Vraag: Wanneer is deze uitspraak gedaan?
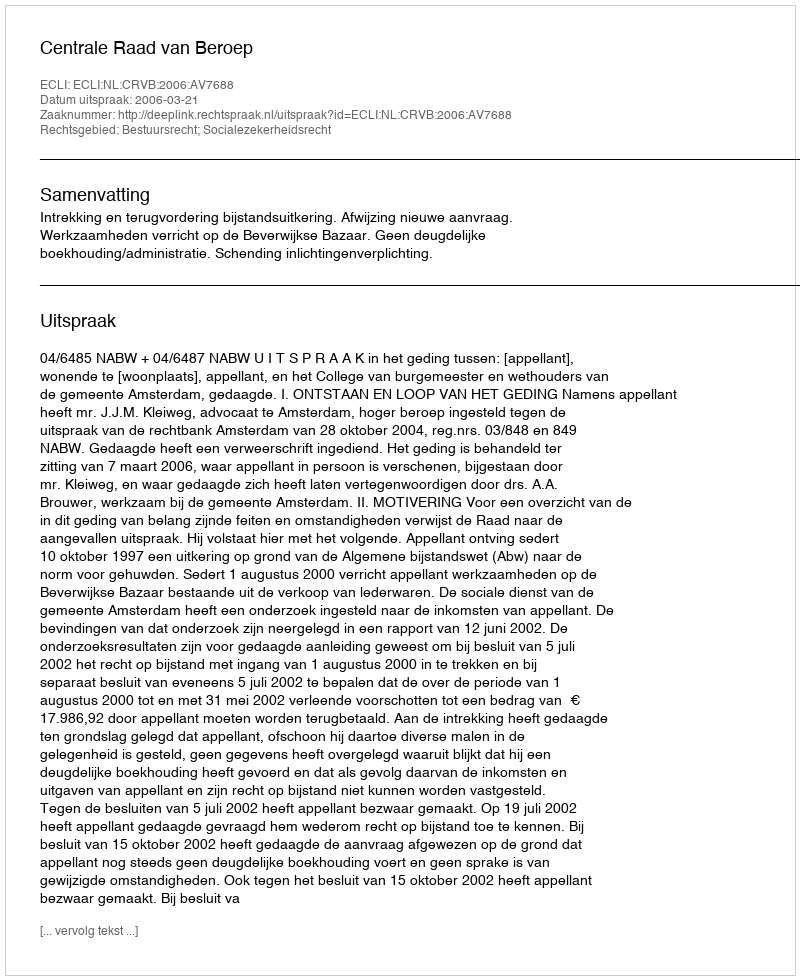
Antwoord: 2006-03-21